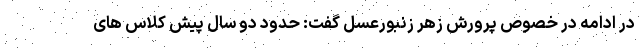
در ادامه در خصوص پرورش زهر زنبورعسل گفت: حدود دو سال پیش کلاس های